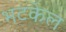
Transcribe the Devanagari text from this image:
भटकेल